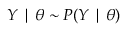
Y \mid \theta \sim P ( Y \mid \theta )